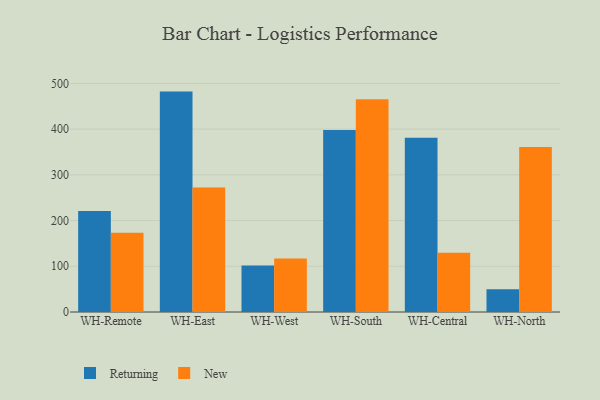
{"axis": {"x": "Warehouse", "y": "Active Users"}, "legend": ["New", "Returning"], "data": [{"x": "WH-Remote", "y": 221.0, "type": "Returning"}, {"x": "WH-Remote", "y": 173.1, "type": "New"}, {"x": "WH-East", "y": 482.1, "type": "Returning"}, {"x": "WH-East", "y": 272.3, "type": "New"}, {"x": "WH-West", "y": 101.8, "type": "Returning"}, {"x": "WH-West", "y": 116.9, "type": "New"}, {"x": "WH-South", "y": 398.2, "type": "Returning"}, {"x": "WH-South", "y": 465.6, "type": "New"}, {"x": "WH-Central", "y": 381.0, "type": "Returning"}, {"x": "WH-Central", "y": 129.8, "type": "New"}, {"x": "WH-North", "y": 49.9, "type": "Returning"}, {"x": "WH-North", "y": 361.0, "type": "New"}]}